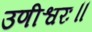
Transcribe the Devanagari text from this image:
उणीश्वरः॥